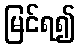
မြင်ရ၍